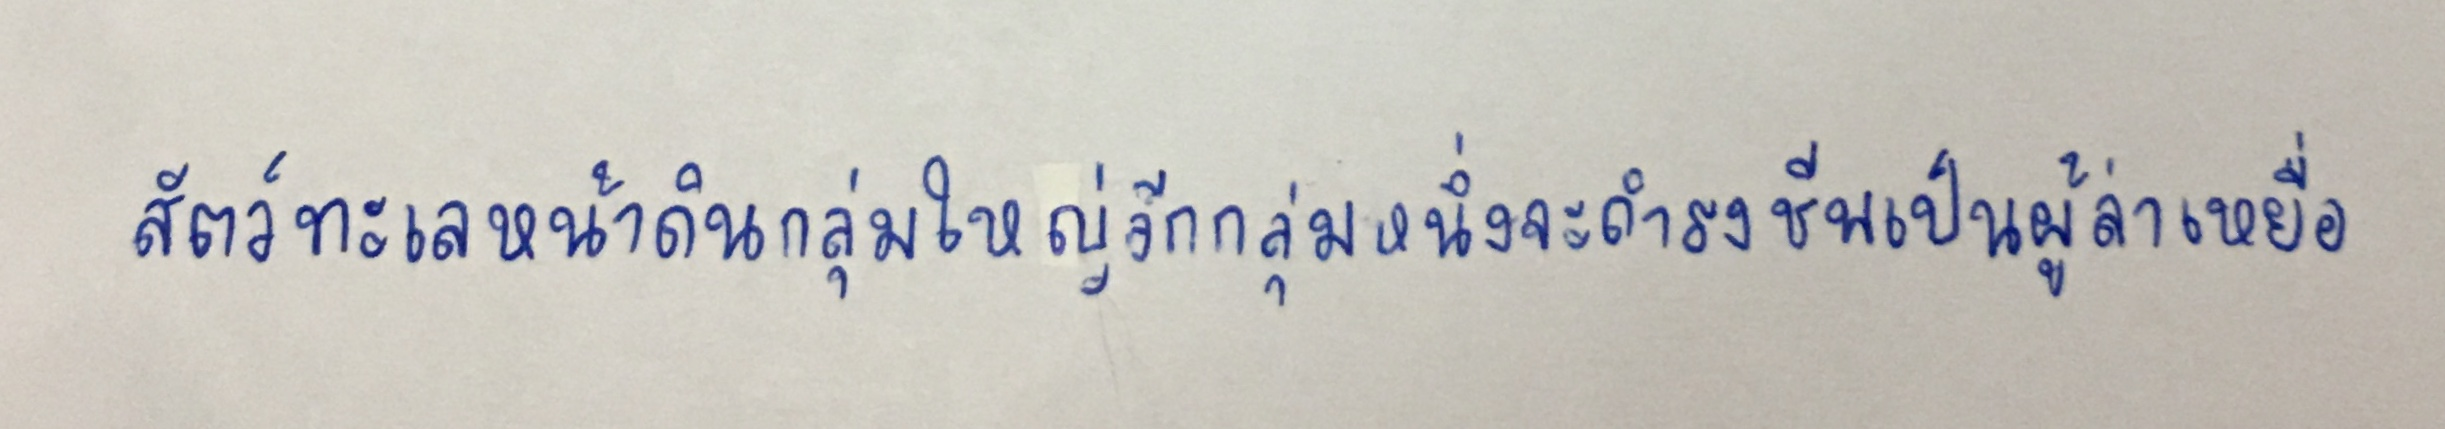
สัตว์ทะเลหน้าดินกลุ่มใหญ่อีกกลุ่มหนึ่งจะดำรงชีพเป็นผู้ล่าเหยื่อ